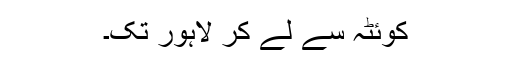
کوئٹہ سے لے کر لاہور تک۔